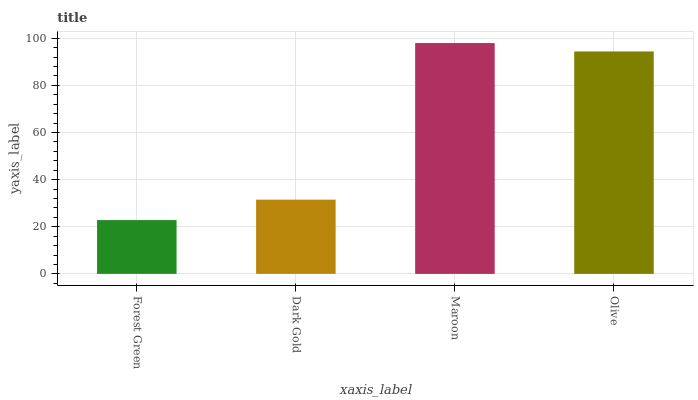
| xaxis_label | bars |
 | --- | --- |
 | Forest Green | 22.8 |
 | Dark Gold | 31.5 |
 | Maroon | 97.9 |
 | Olive | 94.4 |